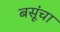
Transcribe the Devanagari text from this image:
बसूंचा